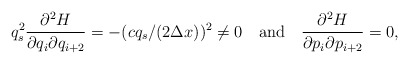
\begin{align*}q_s^2{\partial^2 H\over\partial q_i\partial q_{i + 2}} =-(cq_s/(2\Delta x))^2 \neq 0\quad\hbox{and}\quad{\partial^2 H\over\partial p_i\partial p_{i + 2}} = 0,\end{align*}